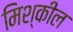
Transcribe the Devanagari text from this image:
मिश्कील